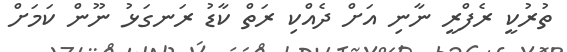
ތުރުކީ ރެފްރީ ނާނި އަށް ދެއްކި ރަތް ކާޑު ރަނގަޅު ނޫން ކަމަށް